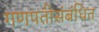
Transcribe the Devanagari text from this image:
गणपतीसंबंधित